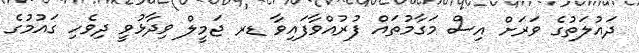
ދައުލަތުގެ ވަރަށް އިސް މަގާމުތައް ފުރުއްވާފައިވާ ޑރ ޖަމީލް ވިދާޅުވީ ދިވެހި ގައުމުގެ